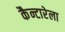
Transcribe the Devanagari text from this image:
कैन्टारेला